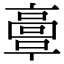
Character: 𩫏